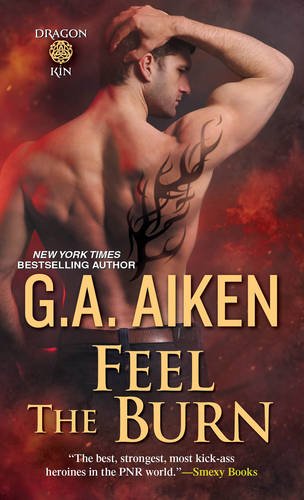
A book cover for Feel the Burn (Dragonkin); G.A. Aiken; Science Fiction & Fantasy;